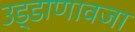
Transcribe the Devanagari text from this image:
उड्डाणावजा